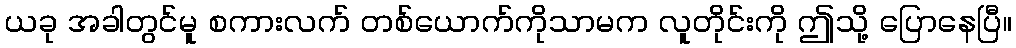
ယခု အခါတွင်မူ စကားလက် တစ်ယောက်ကိုသာမက လူတိုင်းကို ဤသို့ ပြောနေပြီ။